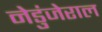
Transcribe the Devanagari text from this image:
नेडुंजेराल